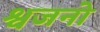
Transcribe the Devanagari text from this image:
श्वजनो